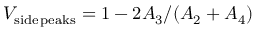
V _ { \mathrm { s i d e \, p e a k s } } = 1 - 2 A _ { 3 } / ( A _ { 2 } + A _ { 4 } )